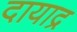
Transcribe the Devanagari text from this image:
दायाद्र